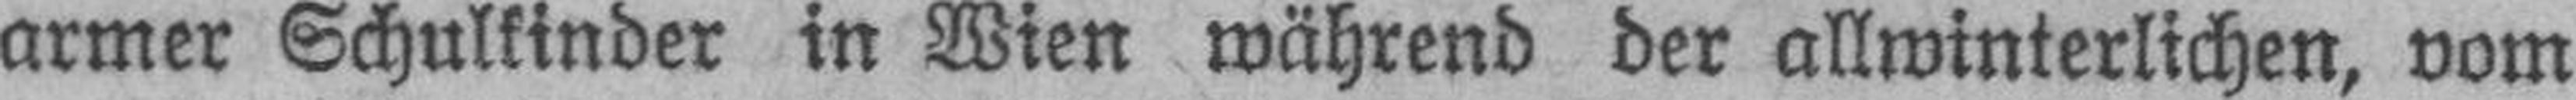
armer Schulkinder in Wien während der allwinterlichen, vom